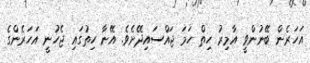
އަހަރެން ބޭނުންވީ އާމިރު ހިތް ހަމަ ޖައްސައިދޭށެވެ. އޭނާ ހިތުގައި ޖެހުނީ އަހަރެންގެ